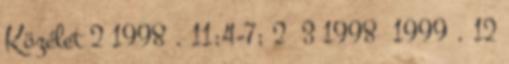
Közélet 2 1998 . 11:4-7; 2 3 1998 1999 . 12